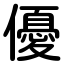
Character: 優